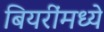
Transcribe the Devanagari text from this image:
बियरींमध्ये